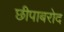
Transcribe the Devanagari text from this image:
छीपाबरोद